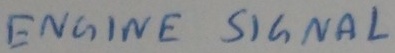
Text: ENGINE SIGNAL